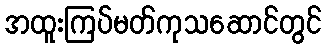
အထူးကြပ်မတ်ကုသဆောင်တွင်